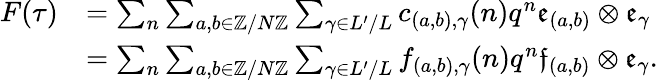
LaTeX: \begin{array}{rl}{F(\tau)}&{=\sum_{n}\sum_{a,b\in\mathbb Z/N\mathbb Z}\sum_{\gamma\in L^{\prime}/L}c_{(a,b),\gamma}(n)q^{n}\mathfrak{e}_{(a,b)}\otimes\mathfrak{e}_{\gamma}}\\ &{=\sum_{n}\sum_{a,b\in\mathbb Z/N\mathbb Z}\sum_{\gamma\in L^{\prime}/L}f_{(a,b),\gamma}(n)q^{n}\mathfrak{f}_{(a,b)}\otimes\mathfrak{e}_{\gamma}.}\end{array}